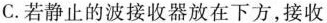
C.若精致的波接收器放在下方，接收